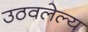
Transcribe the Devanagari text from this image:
उठवलेल्य